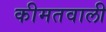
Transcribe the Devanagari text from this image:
कीमतवाली